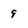
Character: 9